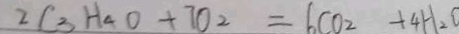
2 C _ { 3 } H _ { 4 } O + 7 0 _ { 2 } = 6 c O _ { 2 } + 4 H _ { 2 } O